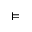
\vDash